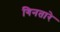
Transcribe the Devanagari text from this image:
गिनतारे